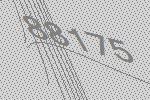
88175